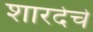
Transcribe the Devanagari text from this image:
शारदेचे